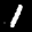
Label: 1